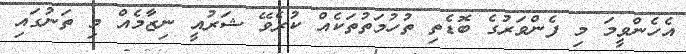
އެހެންވީމަ މި ފެންވަރުގެ ބޮޑެތި ތުހުމަތުތަކެއް ކުރެވޭ ޝަރުއީ ނިޒާމެއް މި ތަނުގައި